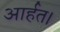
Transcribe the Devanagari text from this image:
आर्हत।